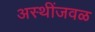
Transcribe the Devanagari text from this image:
अस्थींजवळ